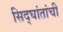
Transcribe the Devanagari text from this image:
सिद्घांतांची